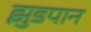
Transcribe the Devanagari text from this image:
झुडपान